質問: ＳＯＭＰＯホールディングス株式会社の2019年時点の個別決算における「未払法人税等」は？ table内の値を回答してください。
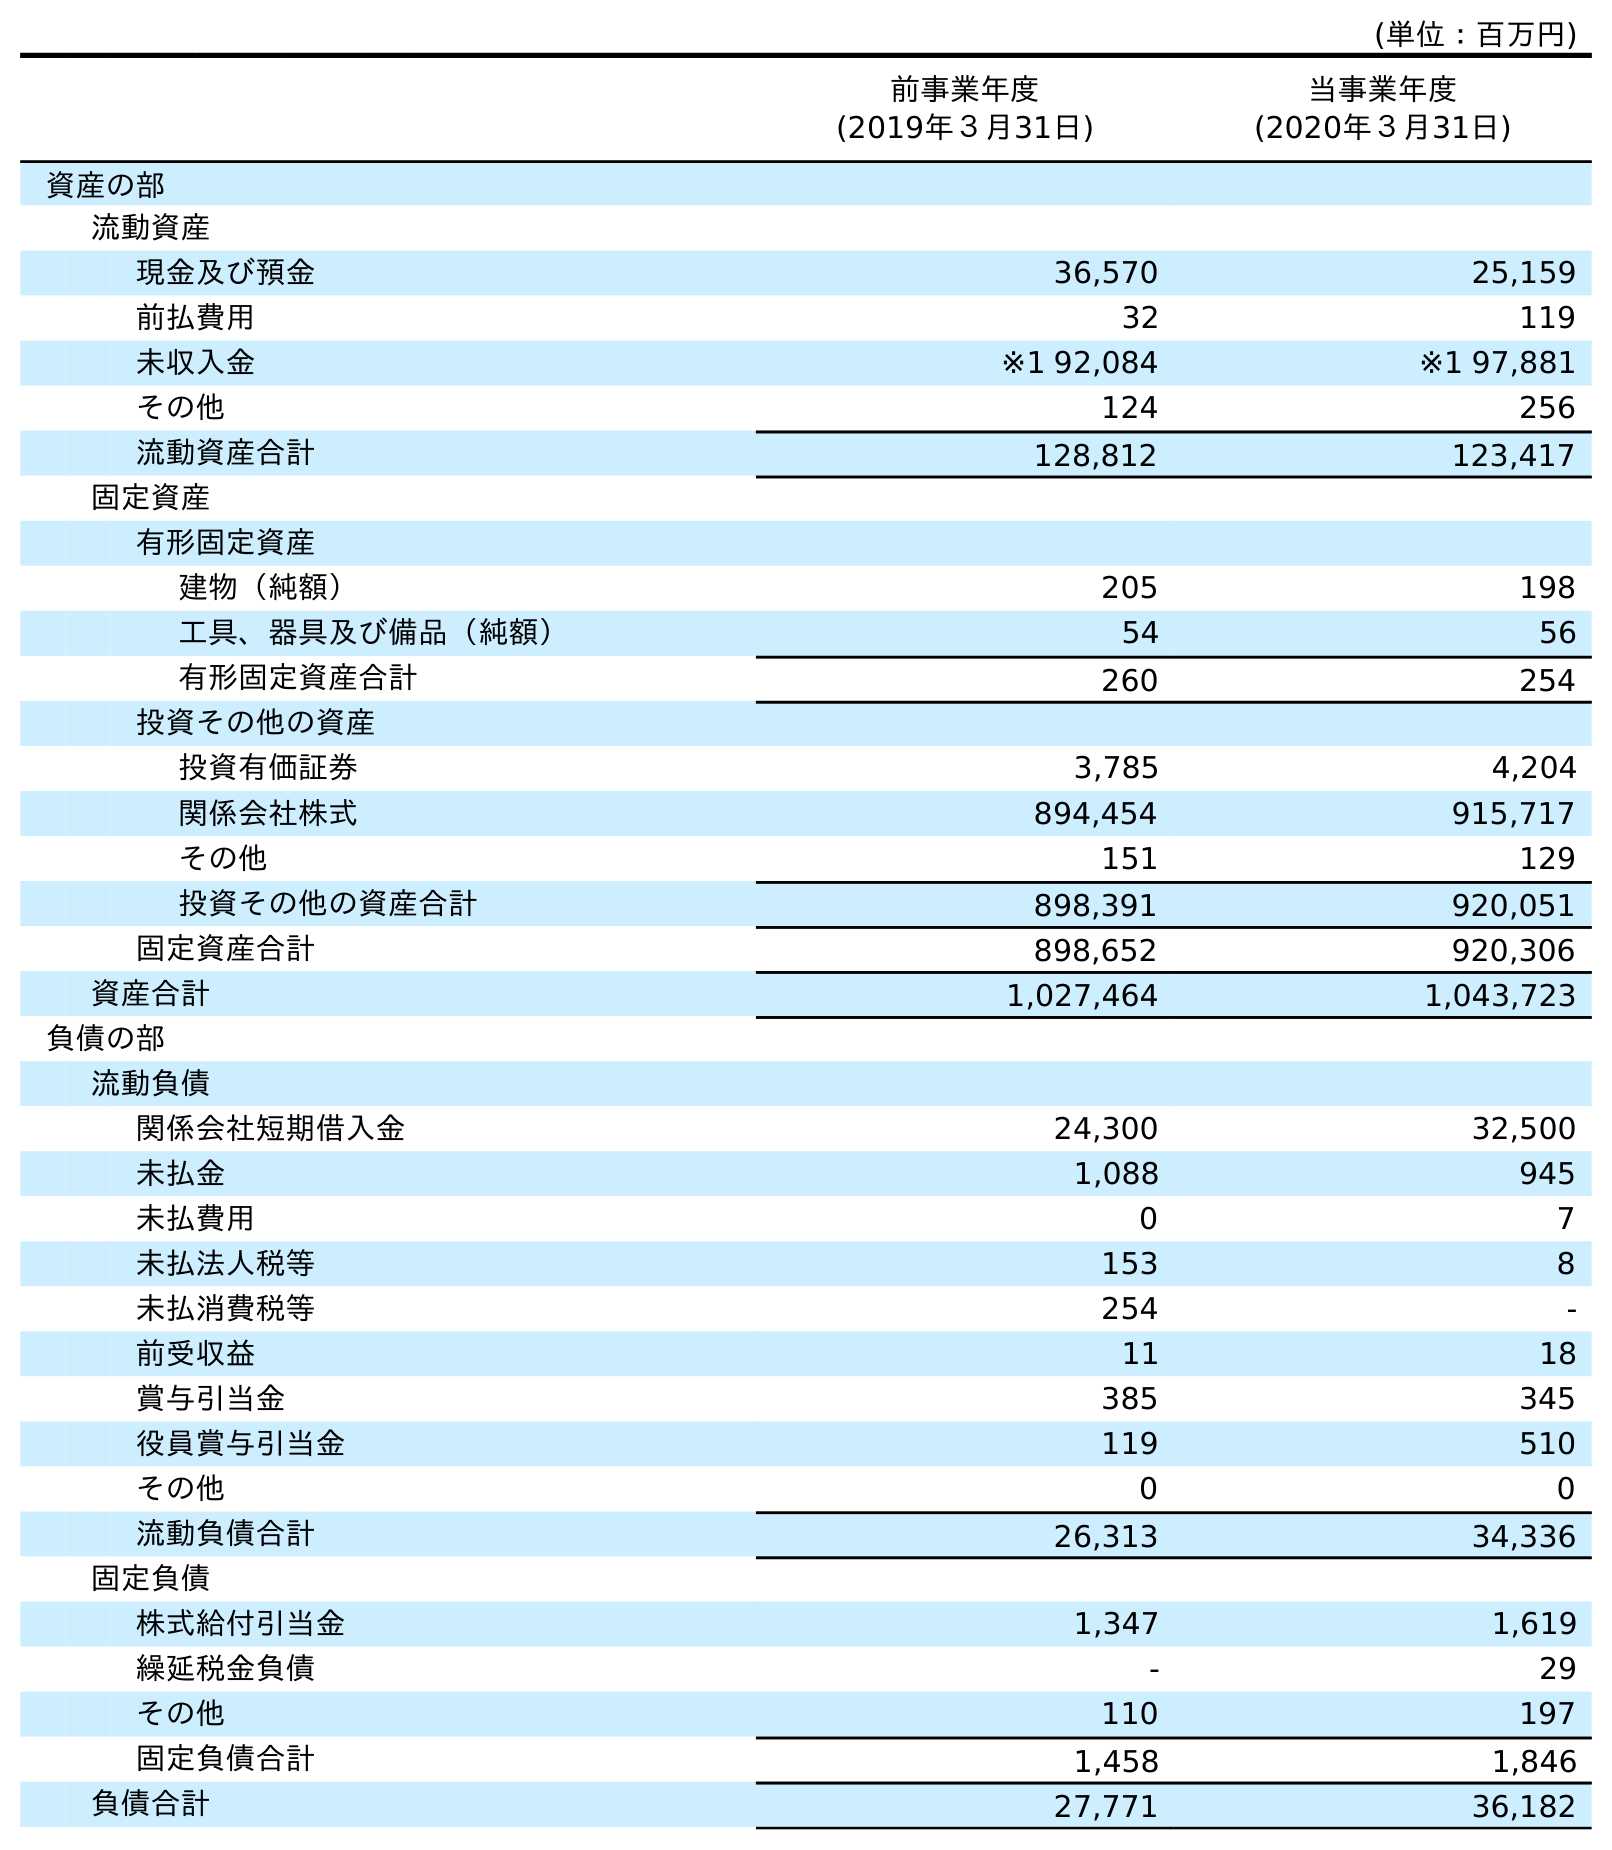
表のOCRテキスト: (単位：百万円) 前事業年度 (2019年３月31日) 当事業年度 (2020年３月31日) 資産の部 流動資産 現金及び預金 36,570 25,159 前払費用 32 119 未収入金 ※1 92,084 ※1 97,881 その他 124 256 流動資産合計 128,812 123,417 固定資産 有形固定資産 建物（純額） 205 198 工具、器具及び備品（純額） 54 56 有形固定資産合計 260 254 投資その他の資産 投資有価証券 3,785 4,204 関係会社株式 894,454 915,717 その他 151 129 投資その他の資産合計 898,391 920,051 固定資産合計 898,652 920,306 資産合計 1,027,464 1,043,723 負債の部 流動負債 関係会社短期借入金 24,300 32,500 未払金 1,088 945 未払費用 0 7 未払法人税等 153 8 未払消費税等 254 - 前受収益 11 18 賞与引当金 385 345 役員賞与引当金 119 510 その他 0 0 流動負債合計 26,313 34,336 固定負債 株式給付引当金 1,347 1,619 繰延税金負債 - 29 その他 110 197 固定負債合計 1,458 1,846 負債合計 27,771 36,182
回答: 153